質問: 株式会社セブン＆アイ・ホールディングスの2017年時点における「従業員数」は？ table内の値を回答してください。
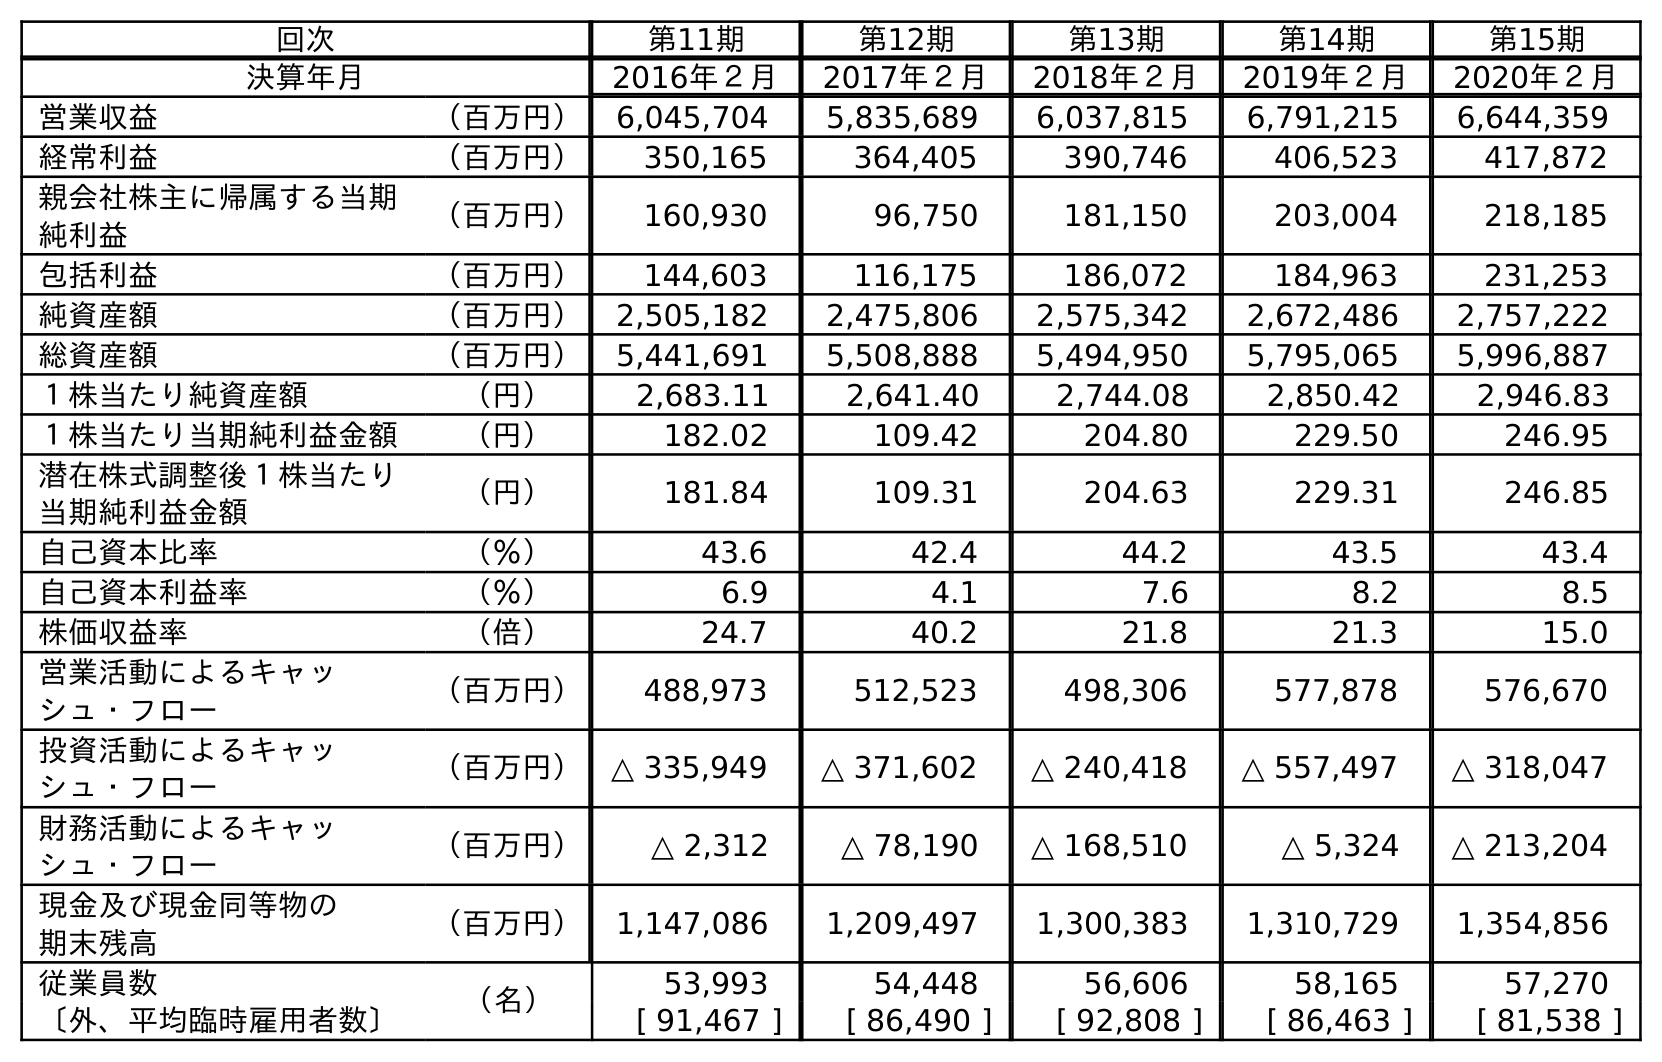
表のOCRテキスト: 回次 第11期 第12期 第13期 第14期 第15期 決算年月 2016年２月 2017年２月 2018年２月 2019年２月 2020年２月 営業収益 （百万円） 6,045,704 5,835,689 6,037,815 6,791,215 6,644,359 経常利益 （百万円） 350,165 364,405 390,746 406,523 417,872 親会社株主に帰属する当期 純利益 （百万円） 160,930 96,750 181,150 203,004 218,185 包括利益 （百万円） 144,603 116,175 186,072 184,963 231,253 純資産額 （百万円） 2,505,182 2,475,806 2,575,342 2,672,486 2,757,222 総資産額 （百万円） 5,441,691 5,508,888 5,494,950 5,795,065 5,996,887 １株当たり純資産額 （円） 2,683.11 2,641.40 2,744.08 2,850.42 2,946.83 １株当たり当期純利益金額 （円） 182.02 109.42 204.80 229.50 246.95 潜在株式調整後１株当たり 当期純利益金額 （円） 181.84 109.31 204.63 229.31 246.85 自己資本比率 （％） 43.6 42.4 44.2 43.5 43.4 自己資本利益率 （％） 6.9 4.1 7.6 8.2 8.5 株価収益率 （倍） 24.7 40.2 21.8 21.3 15.0 営業活動によるキャッ シュ・フロー （百万円） 488,973 512,523 498,306 577,878 576,670 投資活動によるキャッ シュ・フロー （百万円） △ 335,949 △ 371,602 △ 240,418 △ 557,497 △ 318,047 財務活動によるキャッ シュ・フロー （百万円） △ 2,312 △ 78,190 △ 168,510 △ 5,324 △ 213,204 現金及び現金同等物の 期末残高 （百万円） 1,147,086 1,209,497 1,300,383 1,310,729 1,354,856 従業員数 （名） 53,993 54,448 56,606 58,165 57,270 〔外、平均臨時雇用者数〕 [ 91,467 ] [ 86,490 ] [ 92,808 ] [ 86,463 ] [ 81,538 ]
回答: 54,448